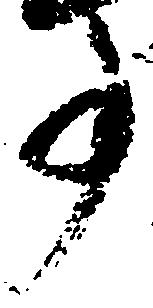
事